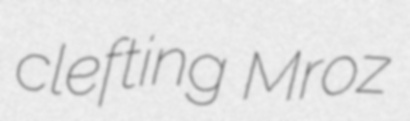
clefting Mroz